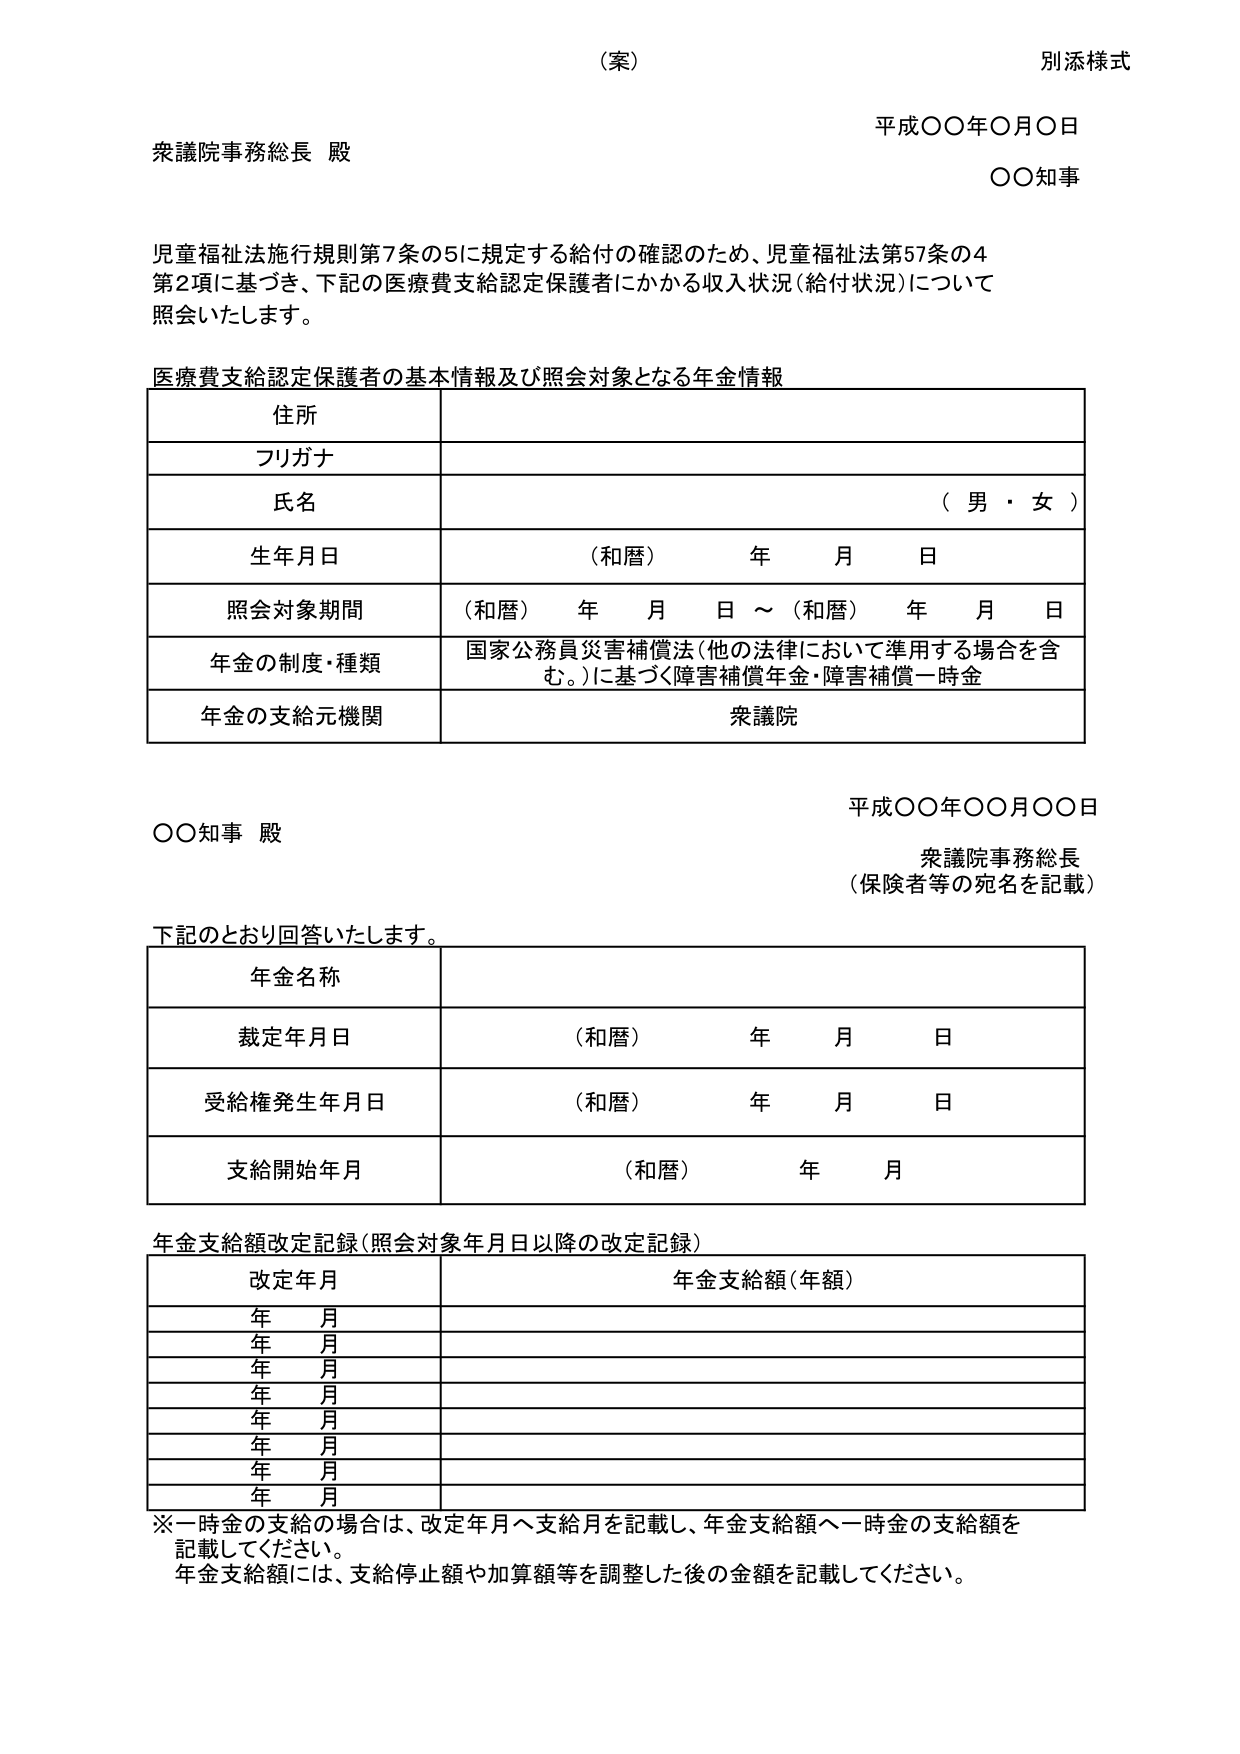
（案）
別添様式

平成〇〇年〇月〇日
衆議院事務総長 殿
〇〇知事

児童福祉法施行規則第7条の5に規定する給付の確認のため、児童福祉法第57条の4
第2項に基づき、下記の医療費支給認定保護者にかかる収入状況（給付状況）について
照会いたします。

医療費支給認定保護者の基本情報及び照会対象となる年金情報
住所
フリガナ
氏名 （男・女）
生年月日 （和暦） 年 月 日
照会対象期間 （和暦） 年 月 日 ～ （和暦） 年 月 日
年金の制度・種類 国家公務員災害補償法（他の法律において準用する場合を含む。）に基づく障害補償年金・障害補償一時金
年金の支給元機関 衆議院

平成〇〇年〇〇月〇〇日
〇〇知事 殿
衆議院事務総長
（保険者等の宛名を記載）

下記のとおり回答いたします。
年金名称
裁定年月日 （和暦） 年 月 日
受給権発生年月日 （和暦） 年 月 日
支給開始年月 （和暦） 年 月

年金支給額改定記録（照会対象年月日以降の改定記録）
改定年月 年金支給額（年額）
年 月
年 月
年 月
年 月
年 月
年 月
年 月
年 月

※一時金の支給の場合は、改定年月へ支給月を記載し、年金支給額へ一時金の支給額を
記載してください。
年金支給額には、支給停止額や加算額等を調整した後の金額を記載してください。